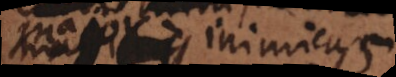
major inimicus